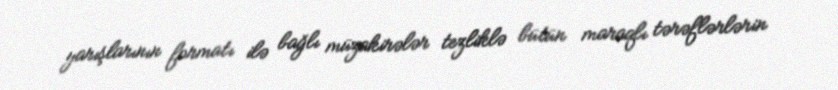
yarışlarının formatı ilə bağlı müzakirələr tezliklə bütün maraqlı tərəflərlərin